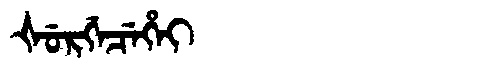
Manchu: ᡧᡠᡵᡤᡝᠴᡝᡥᡝᡳ
Romanization: ŠURGECEHEI